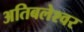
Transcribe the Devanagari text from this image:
अतिबलेश्वर